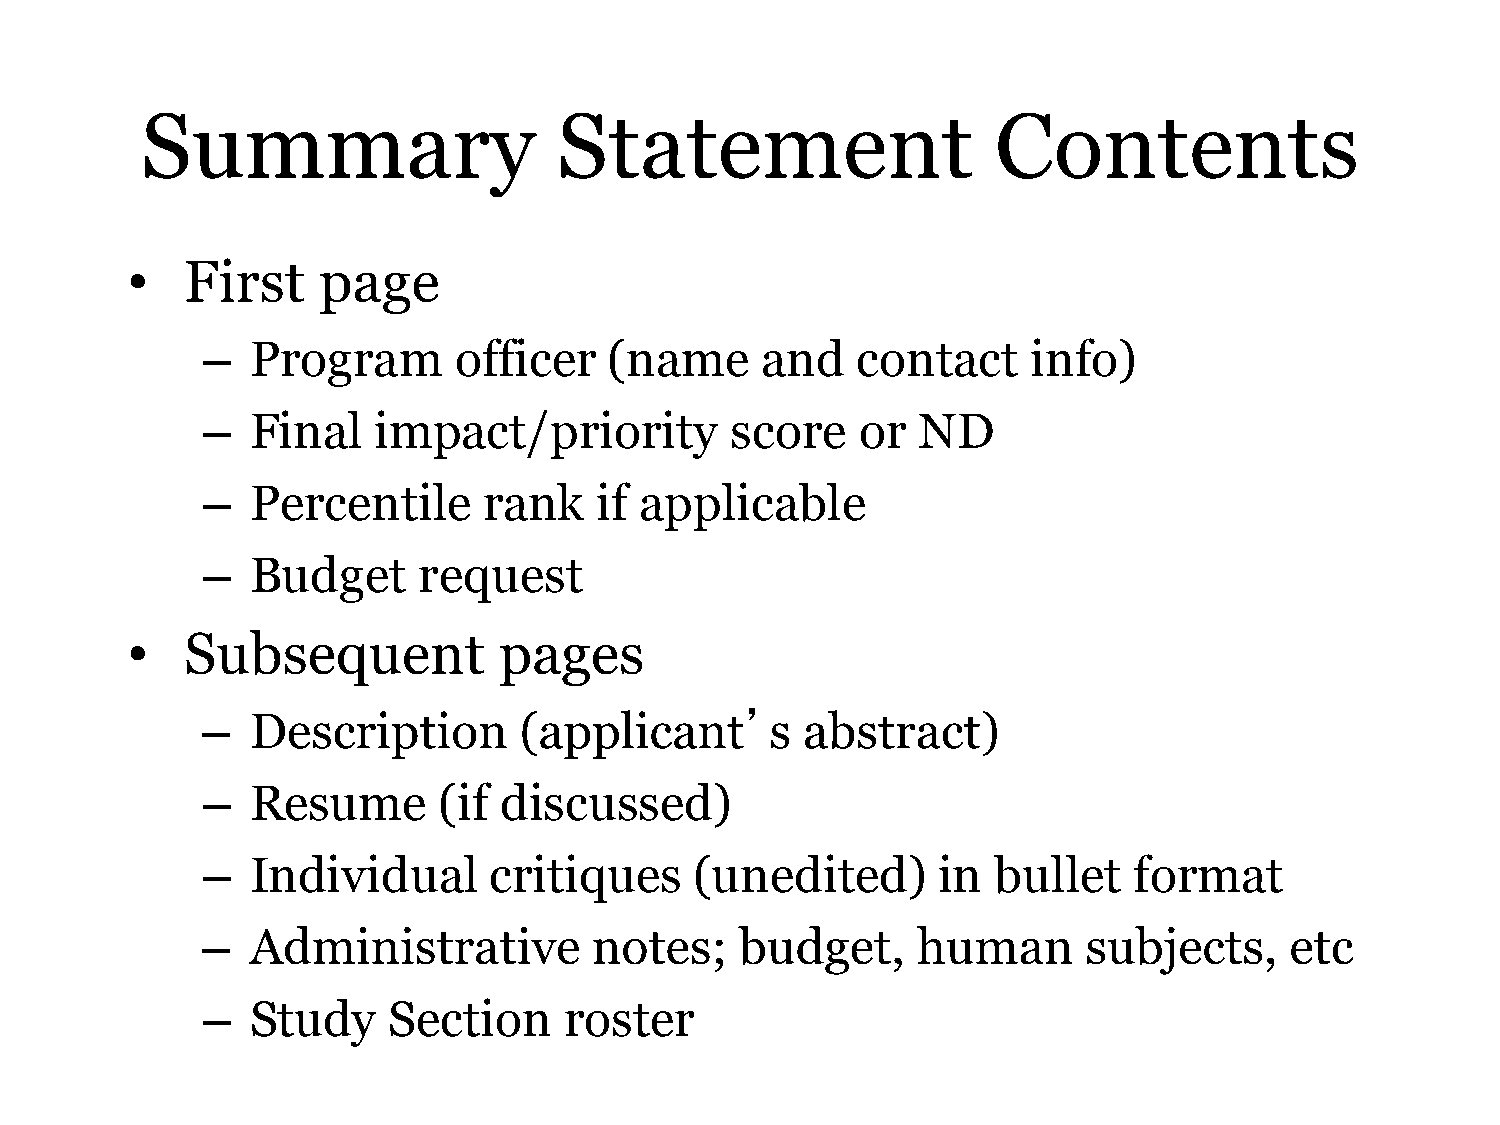
Summary                     Statement                    Contents
 •   First    page
 –   Program      officer   (name     and    contact    info)
 –   Final   impact/priority        score    or  ND
 –   Percentile     rank    if applicable
 –   Budget     request
 •   Subsequent           pages
 –   Description      (applicant’s       abstract)
 –   Resume      (if discussed)
 –   Individual     critiques     (unedited)      in  bullet   format
 –   Administrative        notes;    budget,     human      subjects,    etc
 –   Study    Section    roster